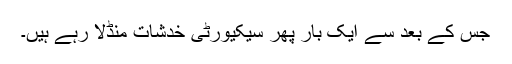
جس کے بعد سے ایک بار پھر سیکیورٹی خدشات منڈلا رہے ہیں۔